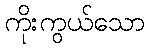
ကိုးကွယ်သော